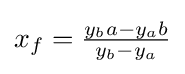
x_{f}={\tfrac {y_{b}a-y_{a}b}{y_{b}-y_{a}}}